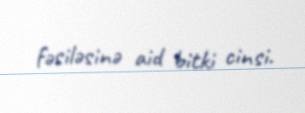
fəsiləsinə aid bitki cinsi.